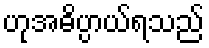
ဟုအဓိပ္ပာယ်ရသည်